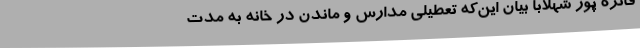
فائزه پور شهلابا بیان این‌که تعطیلی مدارس و ماندن در خانه به مدت